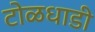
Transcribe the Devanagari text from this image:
टोळधाडी